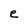
Character: e